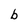
Character: b